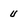
Character: U